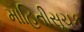
માહિતીસૂચક